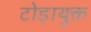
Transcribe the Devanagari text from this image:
टोड़ायुक्त